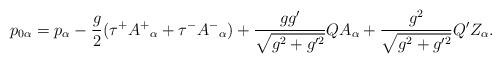
LaTeX: \begin{align*}p_{0\alpha} = p_{\alpha} - \frac{g}{2} (\tau^{+}A^{+}{}_{\alpha} + \tau^{-}A^{-}{ }_{\alpha}) + \frac{gg'}{\sqrt{g^2 +g'^2}} Q A_{\alpha} + \frac{g^2}{\sqrt{g^2 + g'^2}} Q' Z_{\alpha}. \end{align*}